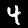
Label: 4